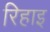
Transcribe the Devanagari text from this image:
रिहाइ